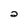
Character: 2